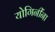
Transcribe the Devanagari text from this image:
योगिनींना